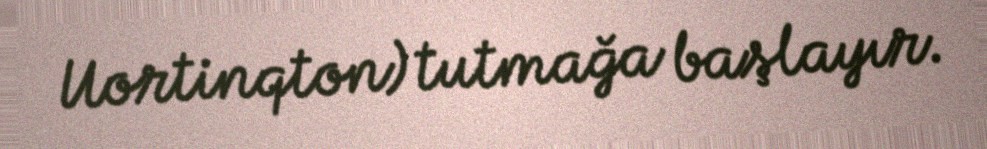
Uortinqton) tutmağa başlayır.